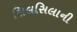
સિલસિલાની